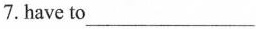
7.have to___